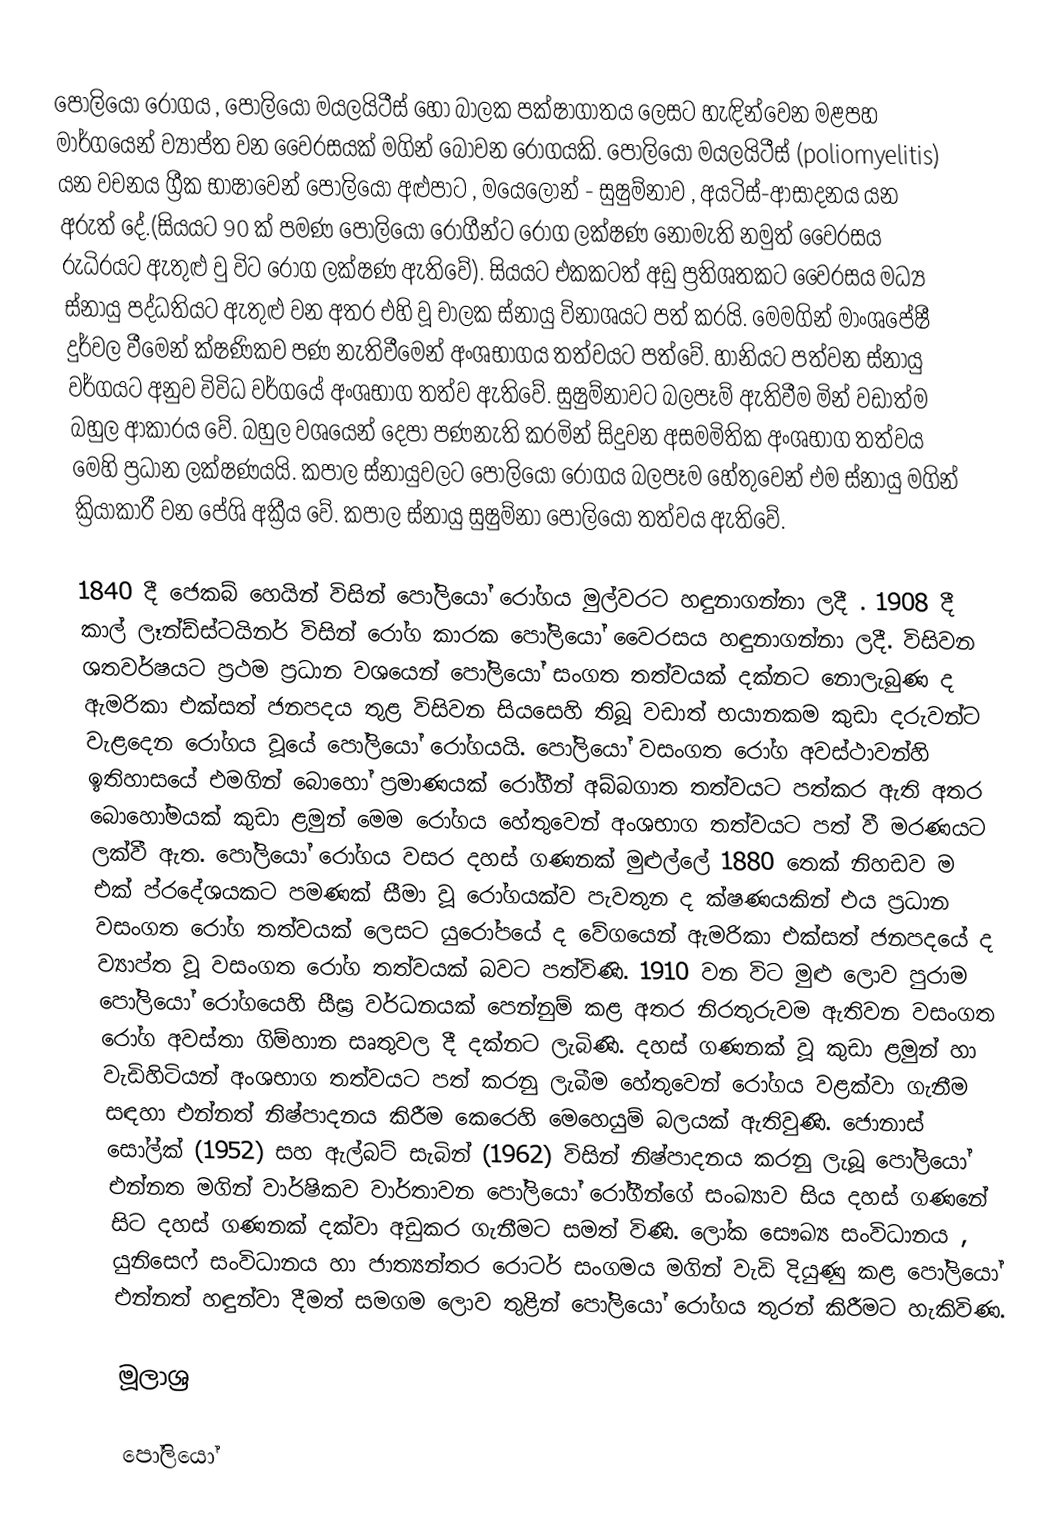
පෝලියෝ ‍රෝගය , පෝලියෝ මයලයිටීස්  හෝ බාලක පක්ෂාගාතය ලෙසට හැඳින්වෙන මළපහ මාර්ගයෙන් ව්‍යාප්ත වන වෛරසයක් මගින් බෝවන රෝගයකි. පෝලියෝ මයලයිටීස් (poliomyelitis)  යන වචනය ග්‍රීක භාෂාවෙන් පෝලියෝ අළුපාට , මයෙලෝන් - සුෂුම්නාව , අයටිස්-ආසාදනය යන අරුත් දේ.(සියයට 90 ක් පමණ පෝලියෝ රෝගීන්ට රෝග ලක්ෂණ නොමැති නමුත් වෛරසය රුධිරයට ඇතුළු වු විට රෝග ලක්ෂණ ඇතිවේ). සියයට එකකටත් අඩු ප්‍රතිශතකට වෛරසය මධ්‍ය ස්නායු පද්ධතියට ඇතුළු වන අතර එහි වූ චාලක ස්නායු විනාශයට පත් කරයි. මෙමගින් මාංශපේෂී  දුර්වල වීමෙන් ක්ෂණිකව පණ නැතිවීමෙන් අංශභාගය තත්වයට පත්වේ. හානියට පත්වන ස්නායු වර්ගයට අනුව විවිධ වර්ගයේ අංශභාග තත්ව ඇතිවේ. සුෂුම්නාවට බලපෑම් ඇතිවීම මින් වඩාත්ම බහුල ආකාරය වේ. බහුල වශයෙන් දෙපා පණනැති කරමින් සිදුවන අසමමිතික අංශභාග තත්වය මෙහි ප්‍රධාන ලක්ෂණයයි. කපාල ස්නායුවලට පෝලියෝ රෝගය බලපෑම හේතුවෙන් එම ස්නායු මගින් ක්‍රියාකාරී වන පේශි අක්‍රීය වේ. කපාල ස්නායු සුෂුම්නා පෝලියෝ තත්වය ඇතිවේ.

1840 දී ජෙකබ් හෙයින් විසින් පෝලියෝ රෝගය මුල්වරට හඳුනාගන්නා ලදී . 1908 දී  කාල් ලෑන්ඩ්ස්ටයිනර් විසින් රෝග කාරක පෝලියෝ වෛරසය හඳුනාගන්නා ලදී. විසිවන ශතවර්ෂයට ප්‍රථම ප්‍රධාන වශයෙන් පෝලියෝ සංගත තත්වයක් දක්නට නොලැබුණ ද ඇමරිකා එක්සත් ජනපදය තුළ විසිවන සියසෙහි තිබූ වඩාත් භයානකම කුඩා දරුවන්ට වැළදෙන රෝගය වූයේ පෝලියෝ රෝගයයි. පෝලියෝ වසංගත රෝග අවස්ථාවන්හි ඉතිහාසයේ එමගින් ‍‍‍බොහෝ ප්‍රමාණ‍යක් රෝගීන් අබ්බගාත තත්වයට පත්කර ඇති අතර බොහෝමයක් කුඩා ළමුන් මෙම රෝගය හේතුවෙන් අංශභාග තත්වයට පත් වී මරණයට ලක්වී ඇත. පෝලියෝ රෝගය වසර දහස් ගණනක් මුළුල්ලේ 1880 තෙක් නිහඩව ම එක් ප්රදේශයකට පමණක් සීමා වූ රෝගයක්ව පැවතුන ද ක්ෂණයකින් එය ප්‍රධාන වසංගත රෝග තත්වයක් ලෙසට යුරෝපයේ ද වේගයෙන් ඇමරිකා එක්සත් ජනපදයේ ද ව්‍යාප්ත වූ වසංගත රෝග තත්වයක් බවට පත්විණි. 1910 වන විට මුළු ලොව පුරාම පෝලියෝ රෝගයෙහි සීඝ්‍ර වර්ධනයක් පෙන්නුම් කළ අතර නිරතුරුවම ඇතිවන වසංගත රෝග අවස්තා ගිම්හාන සෘතුවල දී දක්නට ලැබිණි. දහස් ගණනක් වූ කුඩා ළමුන් හා වැඩිහිටියන් අංශභාග තත්වයට පත් කරනු ලැබීම හේතුවෙන් රෝගය වළක්වා ගැනීම සඳහා එන්නත් නිෂ්පාදනය කිරීම කෙරෙහි ‍මෙහෙයුම් බලයක් ඇතිවුණි. ජොනාස් සෝල්ක් (1952) සහ ඇල්බට් සැබින් (1962)  විසින් නිෂ්පාදනය කරනු ලැබූ පෝලියෝ එන්නත මගින් වාර්ෂිකව වාර්තාවන පෝලියෝ රෝගීන්ගේ සංඛ්‍යාව සිය දහස් ගණනේ සිට දහස් ගණනක් දක්වා අඩුකර ගැනීමට සමත් විණි.  ලෝක සෞඛ්‍ය සංවිධානය , යුනිසෙෆ් සංවිධානය හා ජාත්‍යන්තර රොටර් සංගමය මගින් වැඩි දියුණු කළ පෝලියෝ එන්නත් හඳුන්වා දීමත් සමගම ලොව තුළින් පෝලියෝ රෝගය තුරන් කිරීමට හැකිවිණ.

මූලාශ්‍ර

පෝලියෝ